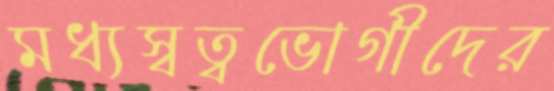
মধ্যস্বত্বভোগীদের